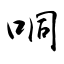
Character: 哃